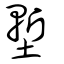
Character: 塹